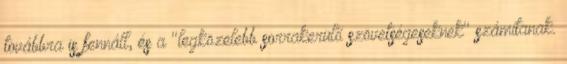
továbbra is fennáll, és a "legközelebb sorrakerülő szövetségeseknek" számítanak.